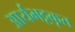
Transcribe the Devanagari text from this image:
आर्यभट्टकृत